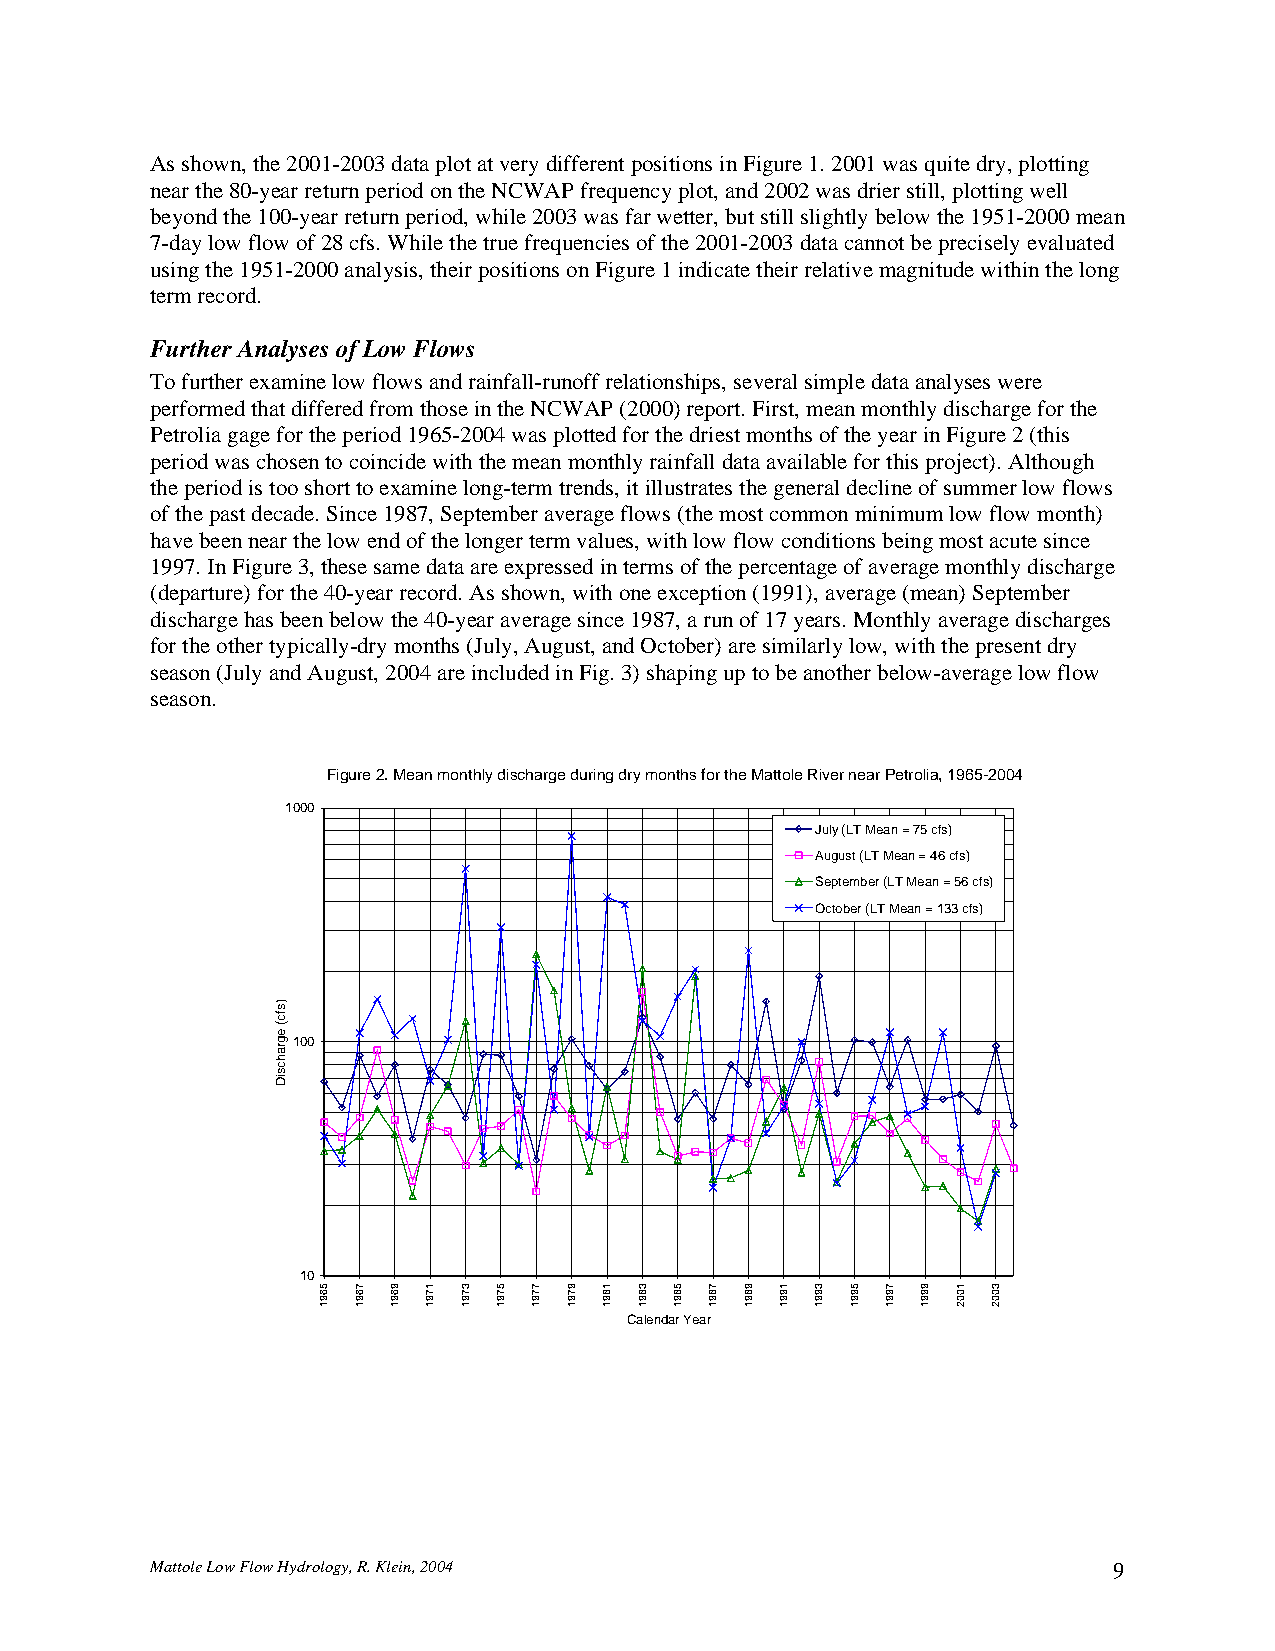
As shown, the 2001-2003 data plot at very different positions in Figure 1. 2001 was quite dry, plotting
 near the 80-year return period on the NCWAP frequency plot, and 2002 was drier still, plotting well
 beyond the 100-year return period, while 2003 was far wetter, but still slightly below the 1951-2000 mean
 7-day low flow of 28 cfs. While the true frequencies of the 2001-2003 data cannot be precisely evaluated
 using the 1951-2000 analysis, their positions on Figure 1 indicate their relative magnitude within the long
 term record.
 Further Analyses of Low Flows
 To further examine low flows and rainfall-runoff relationships, several simple data analyses were
 performed that differed from those in the NCWAP (2000) report. First, mean monthly discharge for the
 Petrolia gage for the period 1965-2004 was plotted for the driest months of the year in Figure 2 (this
 period was chosen to coincide with the mean monthly rainfall data available for this project). Although
 the period is too short to examine long-term trends, it illustrates the general decline of summer low flows
 of the past decade. Since 1987, September average flows (the most common minimum low flow month)
 have been near the low end of the longer term values, with low flow conditions being most acute since
 1997. In Figure 3, these same data are expressed in terms of the percentage of average monthly discharge
 (departure) for the 40-year record. As shown, with one exception (1991), average (mean) September
 discharge has been below the 40-year average since 1987, a run of 17 years. Monthly average discharges
 for the other typically-dry months (July, August, and October) are similarly low, with the present dry
 season (July and August, 2004 are included in Fig. 3) shaping up to be another below-average low flow
 season.
 Figure 2. Mean monthly discharge during dry months for the Mattole River near Petrolia, 1965-2004
 1000
 July (LT Mean = 75 cfs)
 August (LT Mean = 46 cfs)
 September (LT Mean = 56 cfs)
 October (LT Mean = 133 cfs)
 100
 10
 Calendar Year
 Mattole Low Flow Hydrology, R. Klein, 2004                      9
 )sfc(
 egrahcsiD
 5691 7691 9691 1791 3791 5791 7791 9791 1891 3891 5891 7891 9891 1991 3991 5991 7991 9991 1002 3002